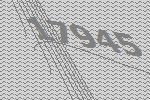
17945